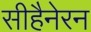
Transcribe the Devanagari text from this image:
सीहैनेरन